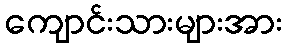
ကျောင်းသားများအား